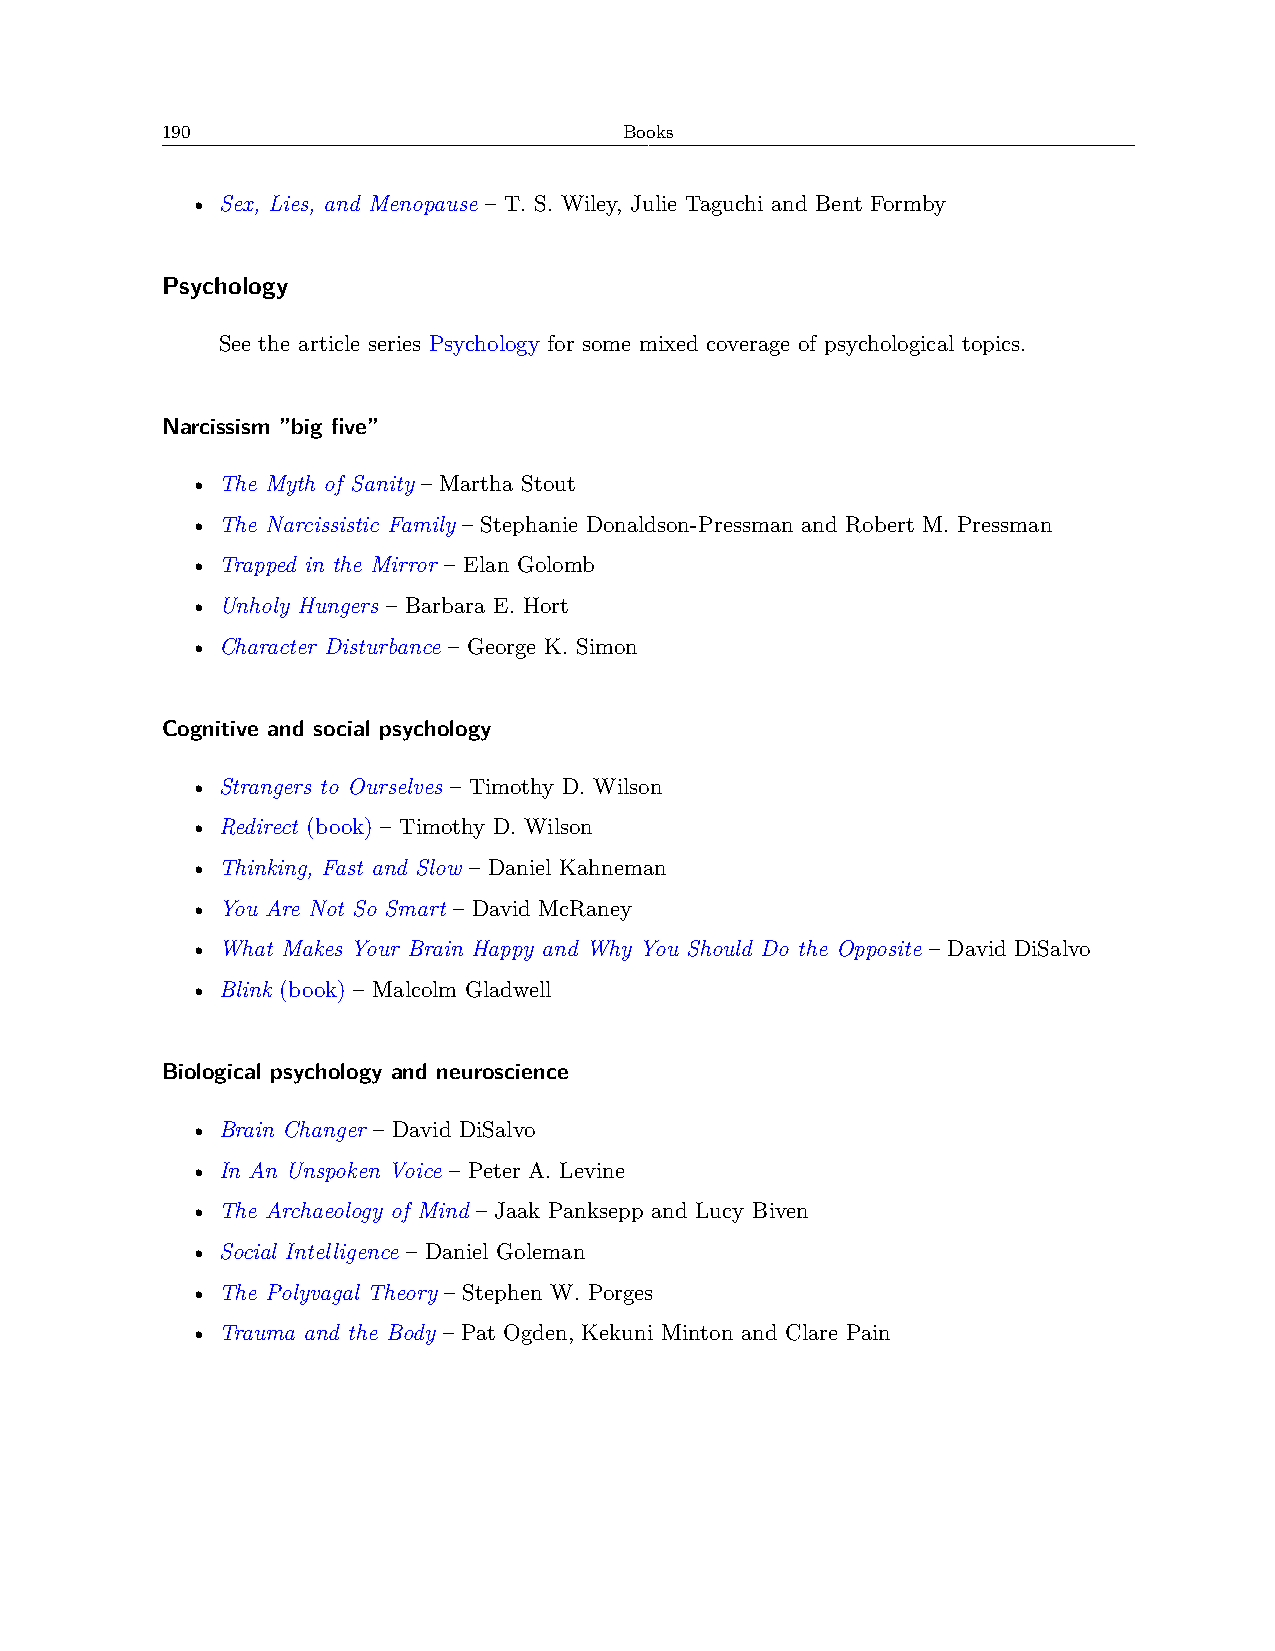
190                           Books
 • Sex, Lies, and Menopause – T. S. Wiley, Julie Taguchi and Bent Formby
 Psychology
 See the article series Psychology for some mixed coverage of psychological topics.
 Narcissism ”big five”
 • The Myth of Sanity – Martha Stout
 • The Narcissistic Family – Stephanie Donaldson-Pressman and Robert M. Pressman
 • Trapped in the Mirror – Elan Golomb
 • Unholy Hungers – Barbara E. Hort
 • Character Disturbance – George K. Simon
 Cognitive and social psychology
 • Strangers to Ourselves – Timothy D. Wilson
 • Redirect (book) – Timothy D. Wilson
 • Thinking, Fast and Slow – Daniel Kahneman
 • You Are Not So Smart – David McRaney
 • What Makes Your Brain Happy and Why You Should Do the Opposite – David DiSalvo
 • Blink (book) – Malcolm Gladwell
 Biological psychology and neuroscience
 • Brain Changer – David DiSalvo
 • In An Unspoken Voice – Peter A. Levine
 • The Archaeology of Mind – Jaak Panksepp and Lucy Biven
 • Social Intelligence – Daniel Goleman
 • The Polyvagal Theory – Stephen W. Porges
 • Trauma and the Body – Pat Ogden, Kekuni Minton and Clare Pain